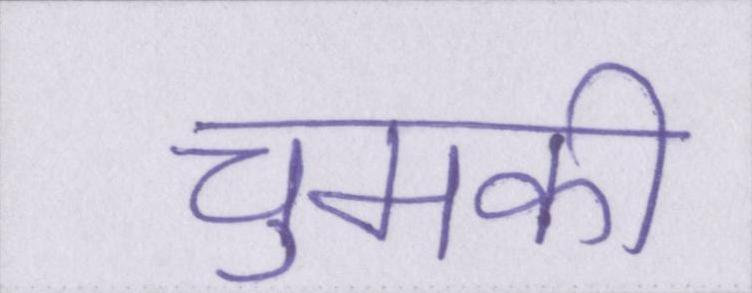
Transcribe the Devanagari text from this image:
चुमकी